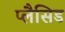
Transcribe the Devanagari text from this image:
प्लैसिड